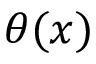
\theta ( x )